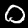
Label: 0